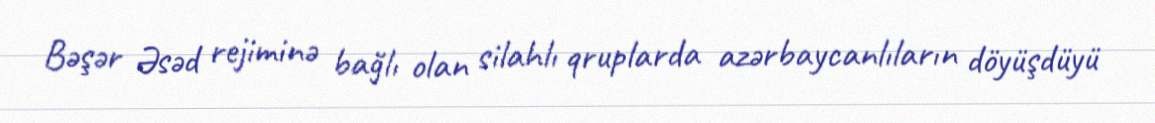
Bəşər Əsəd rejiminə bağlı olan silahlı qruplarda azərbaycanlıların döyüşdüyü